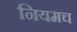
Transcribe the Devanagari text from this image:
नियमच